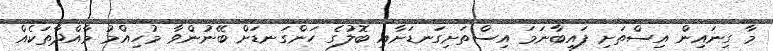
މާ ގިނައިން އިސްތަށި ފައިބާނަމަ އިސްތަށިގަނޑަށާއި ބޮލުގެ ހަންގަނޑަށް ބޭނުންވާ މުހިއްމު މާއްދާތަކެއް